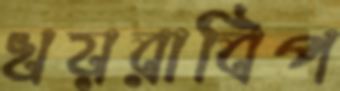
খয়রাবিপ